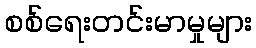
စစ်ရေးတင်းမာမှုများ